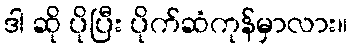
ဒါ ဆို ပိုပြီး ပိုက်ဆံကုန်မှာလား။